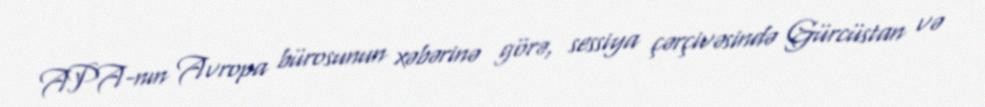
APA-nın Avropa bürosunun xəbərinə görə, sessiya çərçivəsində Gürcüstan və